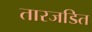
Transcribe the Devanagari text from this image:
तारजडित